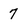
Character: 7